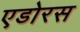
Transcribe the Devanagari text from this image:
एडोरस